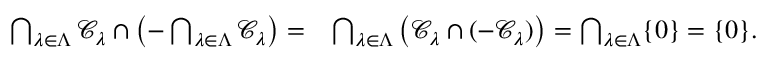
\begin{array} { r l } { \bigcap _ { \lambda \in \Lambda } \mathcal { C } _ { \lambda } \cap \left( - \bigcap _ { \lambda \in \Lambda } \mathcal { C } _ { \lambda } \right) = } & { \bigcap _ { \lambda \in \Lambda } \left( \mathcal { C } _ { \lambda } \cap ( - \mathcal { C } _ { \lambda } ) \right) = \bigcap _ { \lambda \in \Lambda } \{ 0 \} = \{ 0 \} . } \end{array}